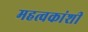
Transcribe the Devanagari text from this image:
महत्वकांशी